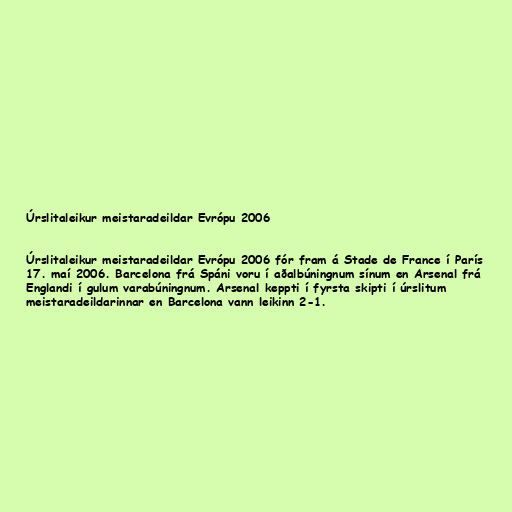
Úrslitaleikur meistaradeildar Evrópu 2006

Úrslitaleikur meistaradeildar Evrópu 2006 fór fram á Stade de France í París
17. maí 2006. Barcelona frá Spáni voru í aðalbúningnum sínum en Arsenal frá
Englandi í gulum varabúningnum. Arsenal keppti í fyrsta skipti í úrslitum
meistaradeildarinnar en Barcelona vann leikinn 2-1.